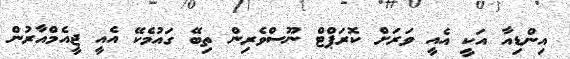
އިންޑިއާ އަކީ އެއީ ވަރަށް ކޮރަޕްޓް ނޫސްވެރިން ތިބޭ ގައުމެކޭ އެއީ ޖީއެމްއާރުން